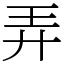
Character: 弄